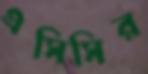
এসিসির